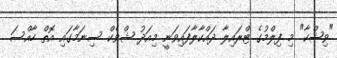
"ވިޝްކާ" މި ފިލްމުގެ ޓްރައިލާ ދައްކާލާފައިވަނީ މިއަދު ޝްވެކް ސިނަމާގައި އޮތް ހާއްސަ